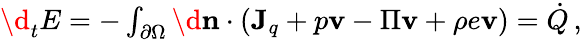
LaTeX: \begin{array}{r}{\d_{t}E=-\int_{\partial\Omega}\d\mathbf{n}\cdot\left(\mathbf{J}_{q}+p\mathbf{v}-\Pi\mathbf{v}+\rho e\mathbf{v}\right)={\dot{Q}}\, ,}\end{array}